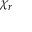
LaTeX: \ \chi _ { r }